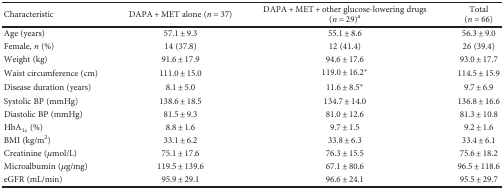
<table><thead><tr><td><b>Characteristic</b></td><td><b>DAPA + MET alone (<i>n</i> = 37)</b></td><td><b>DAPA + MET + other glucose-lowering drugs(<i>n</i> = 29)<sup>a</sup></b></td><td><b>Total(<i>n</i> = 66)</b></td></tr></thead><tbody><tr><td>Age (years)</td><td>57.1 ± 9.3</td><td>55.1 ± 8.6</td><td>56.3 ± 9.0</td></tr><tr><td>Female, <i>n</i> (%)</td><td>14 (37.8)</td><td>12 (41.4)</td><td>26 (39.4)</td></tr><tr><td>Weight (kg)</td><td>91.6 ± 17.9</td><td>94.6 ± 17.6</td><td>93.0 ± 17.7</td></tr><tr><td>Waist circumference (cm)</td><td>111.0 ± 15.0</td><td>119.0 ± 16.2<sup>∗</sup></td><td>114.5 ± 15.9</td></tr><tr><td>Disease duration (years)</td><td>8.1 ± 5.0</td><td>11.6 ± 8.5<sup>∗</sup></td><td>9.7 ± 6.9</td></tr><tr><td>Systolic BP (mmHg)</td><td>138.6 ± 18.5</td><td>134.7 ± 14.0</td><td>136.8 ± 16.6</td></tr><tr><td>Diastolic BP (mmHg)</td><td>81.5 ± 9.3</td><td>81.0 ± 12.6</td><td>81.3 ± 10.8</td></tr><tr><td>HbA<sub>1c</sub> (%)</td><td>8.8 ± 1.6</td><td>9.7 ± 1.5</td><td>9.2 ± 1.6</td></tr><tr><td>BMI (kg/m<sup>2</sup>)</td><td>33.1 ± 6.2</td><td>33.8 ± 6.3</td><td>33.4 ± 6.1</td></tr><tr><td>Creatinine (<i>μ</i>mol/L)</td><td>75.1 ± 17.6</td><td>76.3 ± 15.5</td><td>75.6 ± 18.2</td></tr><tr><td>Microalbumin (<i>μ</i>g/mg)</td><td>119.5 ± 139.6</td><td>67.1 ± 80.6</td><td>96.5 ± 118.6</td></tr><tr><td>eGFR (mL/min)</td><td>95.9 ± 29.1</td><td>96.6 ± 24.1</td><td>95.5 ± 29.7</td></tr></tbody></table>